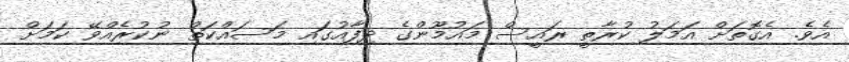
އެވެ. އެގޮތަށް އަމަލު ކުރާތީ ރައީސް މައުމޫންގެ ދިފާއުގައި މަސައްކަތް ނުކުރެއްވޭ ކަމަށް